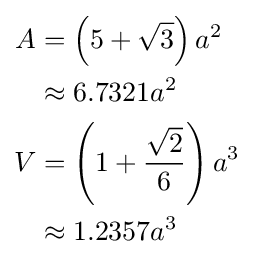
{\begin{aligned}A&=\left(5+{\sqrt {3}}\right)a^{2}\\&\approx 6.7321a^{2}\\V&=\left(1+{\frac {\sqrt {2}}{6}}\right)a^{3}\\&\approx 1.2357a^{3}\end{aligned}}